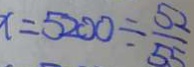
x = 5 2 0 0 \div \frac { 5 2 } { 5 5 }